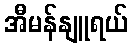
အီမန်နျူရယ်